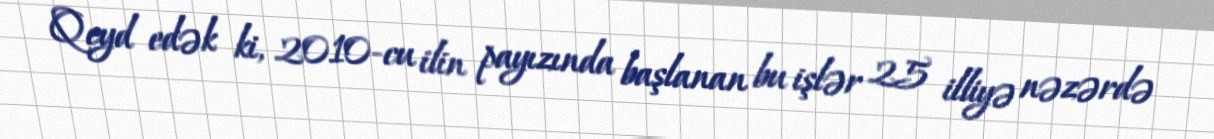
Qeyd edək ki, 2010-cu ilin payızında başlanan bu işlər 25 illiyə nəzərdə